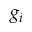
g _ { i }